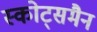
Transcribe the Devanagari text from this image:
स्कोट्समैन